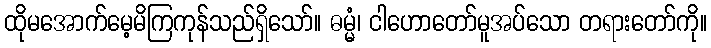
ထိုမအောက်မေ့မိကြကုန်သည်ရှိသော်။ ဓမ္မံ၊ ငါဟောတော်မူအပ်သော တရားတော်ကို။